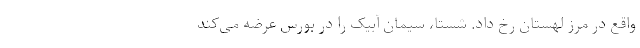
واقع در مرز لهستان رخ داد. شستا، سیمان آبیک را در بورس عرضه می‌کند